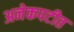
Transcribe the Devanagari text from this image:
अनेकपटीत